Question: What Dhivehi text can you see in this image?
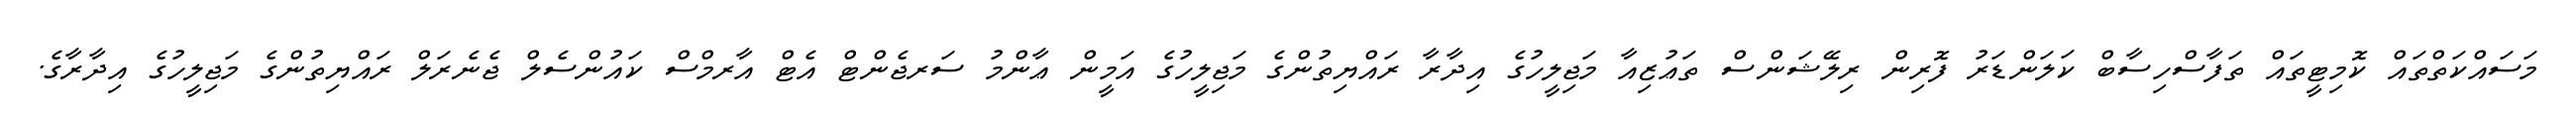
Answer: މަސައްކަތްތައް ކޮމިޓީތައް ތަފާސްހިސާބް ކަލަންޑަރު ފޮރިން ރިލޭޝަންސް ތަޢުޒިއާ މަޖިލީހުގެ އިދާރާ ރައްޔިތުންގެ މަޖިލީހުގެ އަމީން ޢާންމު ސަރޖެންޓް އެޓް އާރމްސް ކައުންސެލް ޖެނެރަލް ރައްޔިތުންގެ މަޖިލީހުގެ އިދާރާގެ.